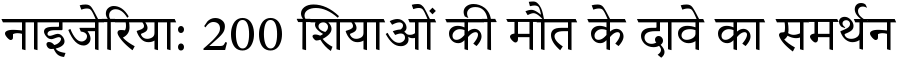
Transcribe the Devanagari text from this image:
नाइजेरिया: 200 शियाओं की मौत के दावे का समर्थन